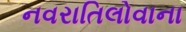
નવરાતિલોવાના